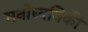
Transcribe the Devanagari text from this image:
मनोध्वनिकी